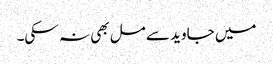
میں جاوید سے مل بھی نہ سکی۔